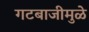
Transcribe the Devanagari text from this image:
गटबाजीमुळे